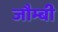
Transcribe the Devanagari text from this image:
जौम्बी